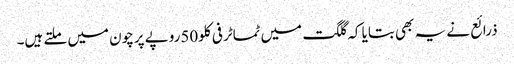
ذرائع نے یہ بھی بتایا کہ گلگت میں ٹماٹر فی کلو50روپے پرچون میں ملتے ہیں۔